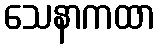
သေနာကထာ